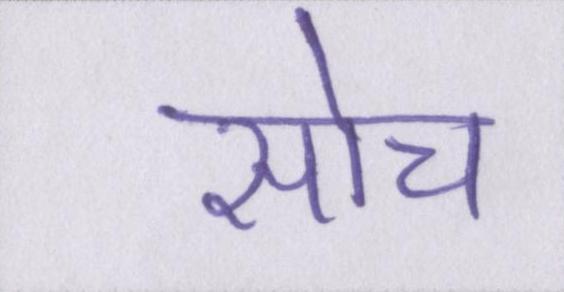
सोच